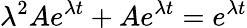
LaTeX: \lambda^{2}Ae^{\lambda t}+Ae^{\lambda t}=e^{\lambda t}